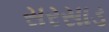
સરસાડ